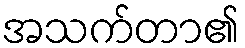
အသက်တာ၏